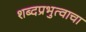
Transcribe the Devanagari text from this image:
शब्दप्रभुत्वाचा